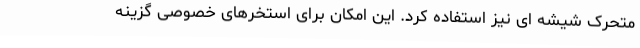
متحرک شیشه ای نیز استفاده کرد. این امکان برای استخرهای خصوصی گزینه